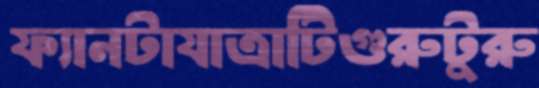
ফ্যানটাযাত্রাটিগুরুটুরু